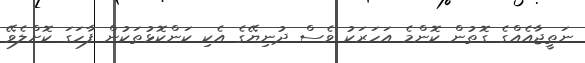
ނަތީޖާއެއްގެ ގޮތުން ކޮންމެ އަހަރަކު ވެސް ދުނިޔޭގެ އެކި ކަންކޮޅުތަކުން ފާހަގަ ކޮށްލެވޭ